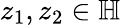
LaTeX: z_{1},z_{2}\in\mathbb{H}